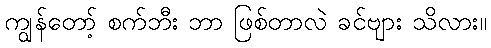
ကျွန်တော့် စက်ဘီး ဘာ ဖြစ်တာလဲ ခင်ဗျား သိလား။